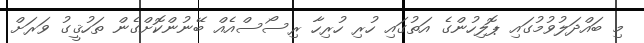
މި ބައްދަލުވުމުގައި ޕޮލިހުންގެ އަތުގައި ހުރި ހުރިހާ ރިސޯސްއެއް ބޭނުންކޮށްގެން ތަހުޤީގު ވަރަށް